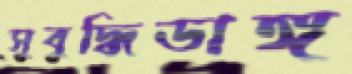
সুবুদ্ধিডাঙ্গ